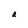
Character: a